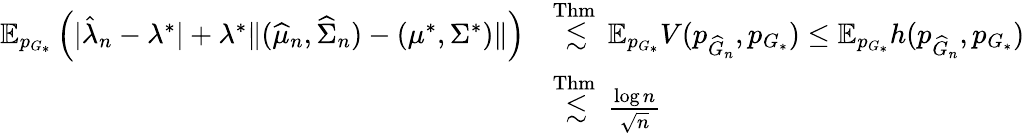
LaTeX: \begin{array}{rl}{\mathbb{E}_{p_{G_{*}}}\left(|\hat{\lambda}_{n}-\lambda^{*}|+\lambda^{*}\| (\widehat{\mu}_{n},\widehat{\Sigma}_{n})-(\mu^{*},\Sigma^{*})\| \right)}&{\overset{\mathrm{Thm}~}{\lesssim}\mathbb{E}_{p_{G_{*}}}V(p_{\widehat{G}_{n}},p_{G_{*}})\leq\mathbb{E}_{p_{G_{*}}}h(p_{\widehat{G}_{n}},p_{G_{*}})}\\ &{\overset{\mathrm{Thm}~}{\lesssim}\frac{\log n}{\sqrt{n}}}\end{array}